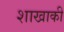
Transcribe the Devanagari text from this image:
शाखाकी